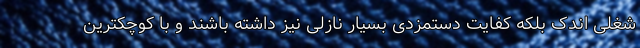
شغلی اندک بلکه کفایت دستمزدی بسیار نازلی نیز داشته باشند و با کوچکترین